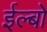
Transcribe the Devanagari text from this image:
ईल्बो